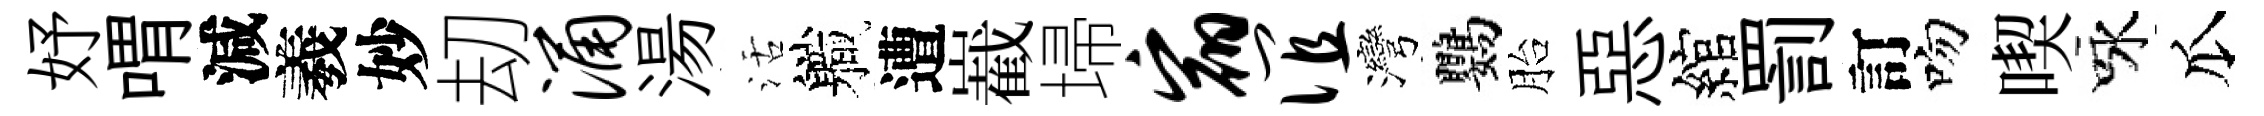
妤喟減羲妙刧涌湯活軄遭嶻埽宿谊灣鸚胎惡綰罰訂吻喫咏瓜